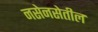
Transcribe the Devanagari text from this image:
नसेनसेतील